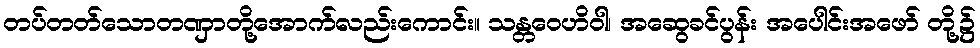
တပ်တတ်သောတဏှာတို့အောက်လည်းကောင်း။ သန္တဝေဟိဝါ၊ အဆွေခင်ပွန်း အပေါင်းအဖော် တို့၌